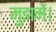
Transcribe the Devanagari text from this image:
मुझमें।